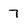
Character: 7